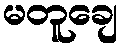
မတူချေ